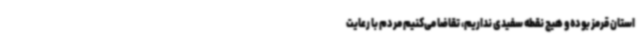
استان قرمز بوده و هیچ نقطه سفیدی نداریم، تقاضا می‌کنیم مردم با رعایت